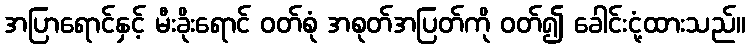
အပြာရောင်နှင့် မီးခိုးရောင် ဝတ်စုံ အစုတ်အပြတ်ကို ဝတ်၍ ခေါင်းငုံ့ထားသည်။